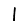
Digit: 1